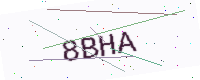
Text: 8BHA